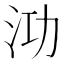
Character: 𭰀